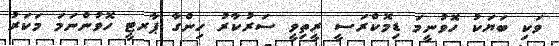
ވަކި ބަޔަކު ހޮވުނީމަ ޑިމޮކްރަސީ ރީތިވީ ސަރުކާރު ހިންގާ ޕާރޓީ ހޮވުންނަމަ މަކަރު